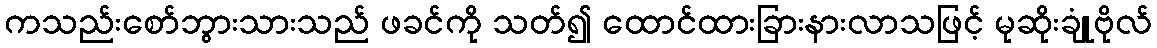
ကသည်းစော်ဘွားသားသည် ဖခင်ကို သတ်၍ ထောင်ထားခြားနားလာသဖြင့် မုဆိုးချုံဗိုလ်